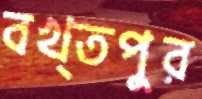
বখ্তপুর